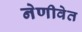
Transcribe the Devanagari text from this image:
नेणीवेत